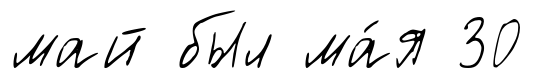
май был ма́я 30